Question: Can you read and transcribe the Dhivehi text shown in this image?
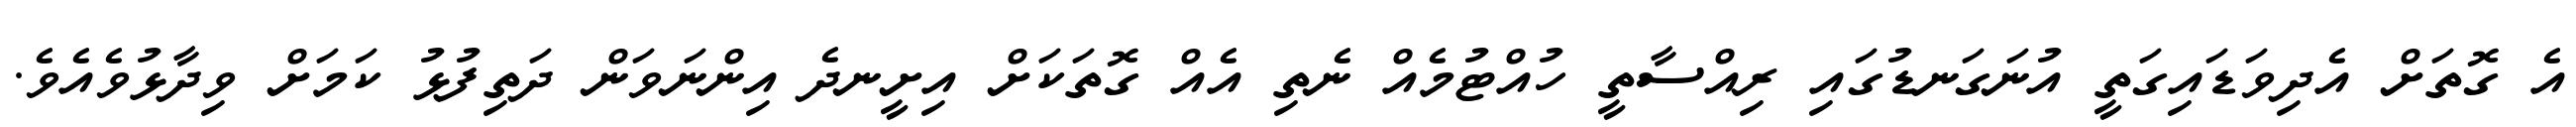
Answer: އެ ގޮތަށް އެދިވަޑައިގަތީ އުނަގަނޑުގައި ރިއްސާތީ ހުއްޓުމެއް ނެތި އެއް ގޮތަކަށް އިށީނދެ އިންނަވަން ދަތިފުޅު ކަމަށް ވިދާޅުވެއެވެ.